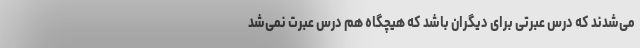
می‌شدند که درس عبرتی برای دیگران باشد که هیچگاه هم درس عبرت نمی‌شد